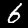
Digit: 6